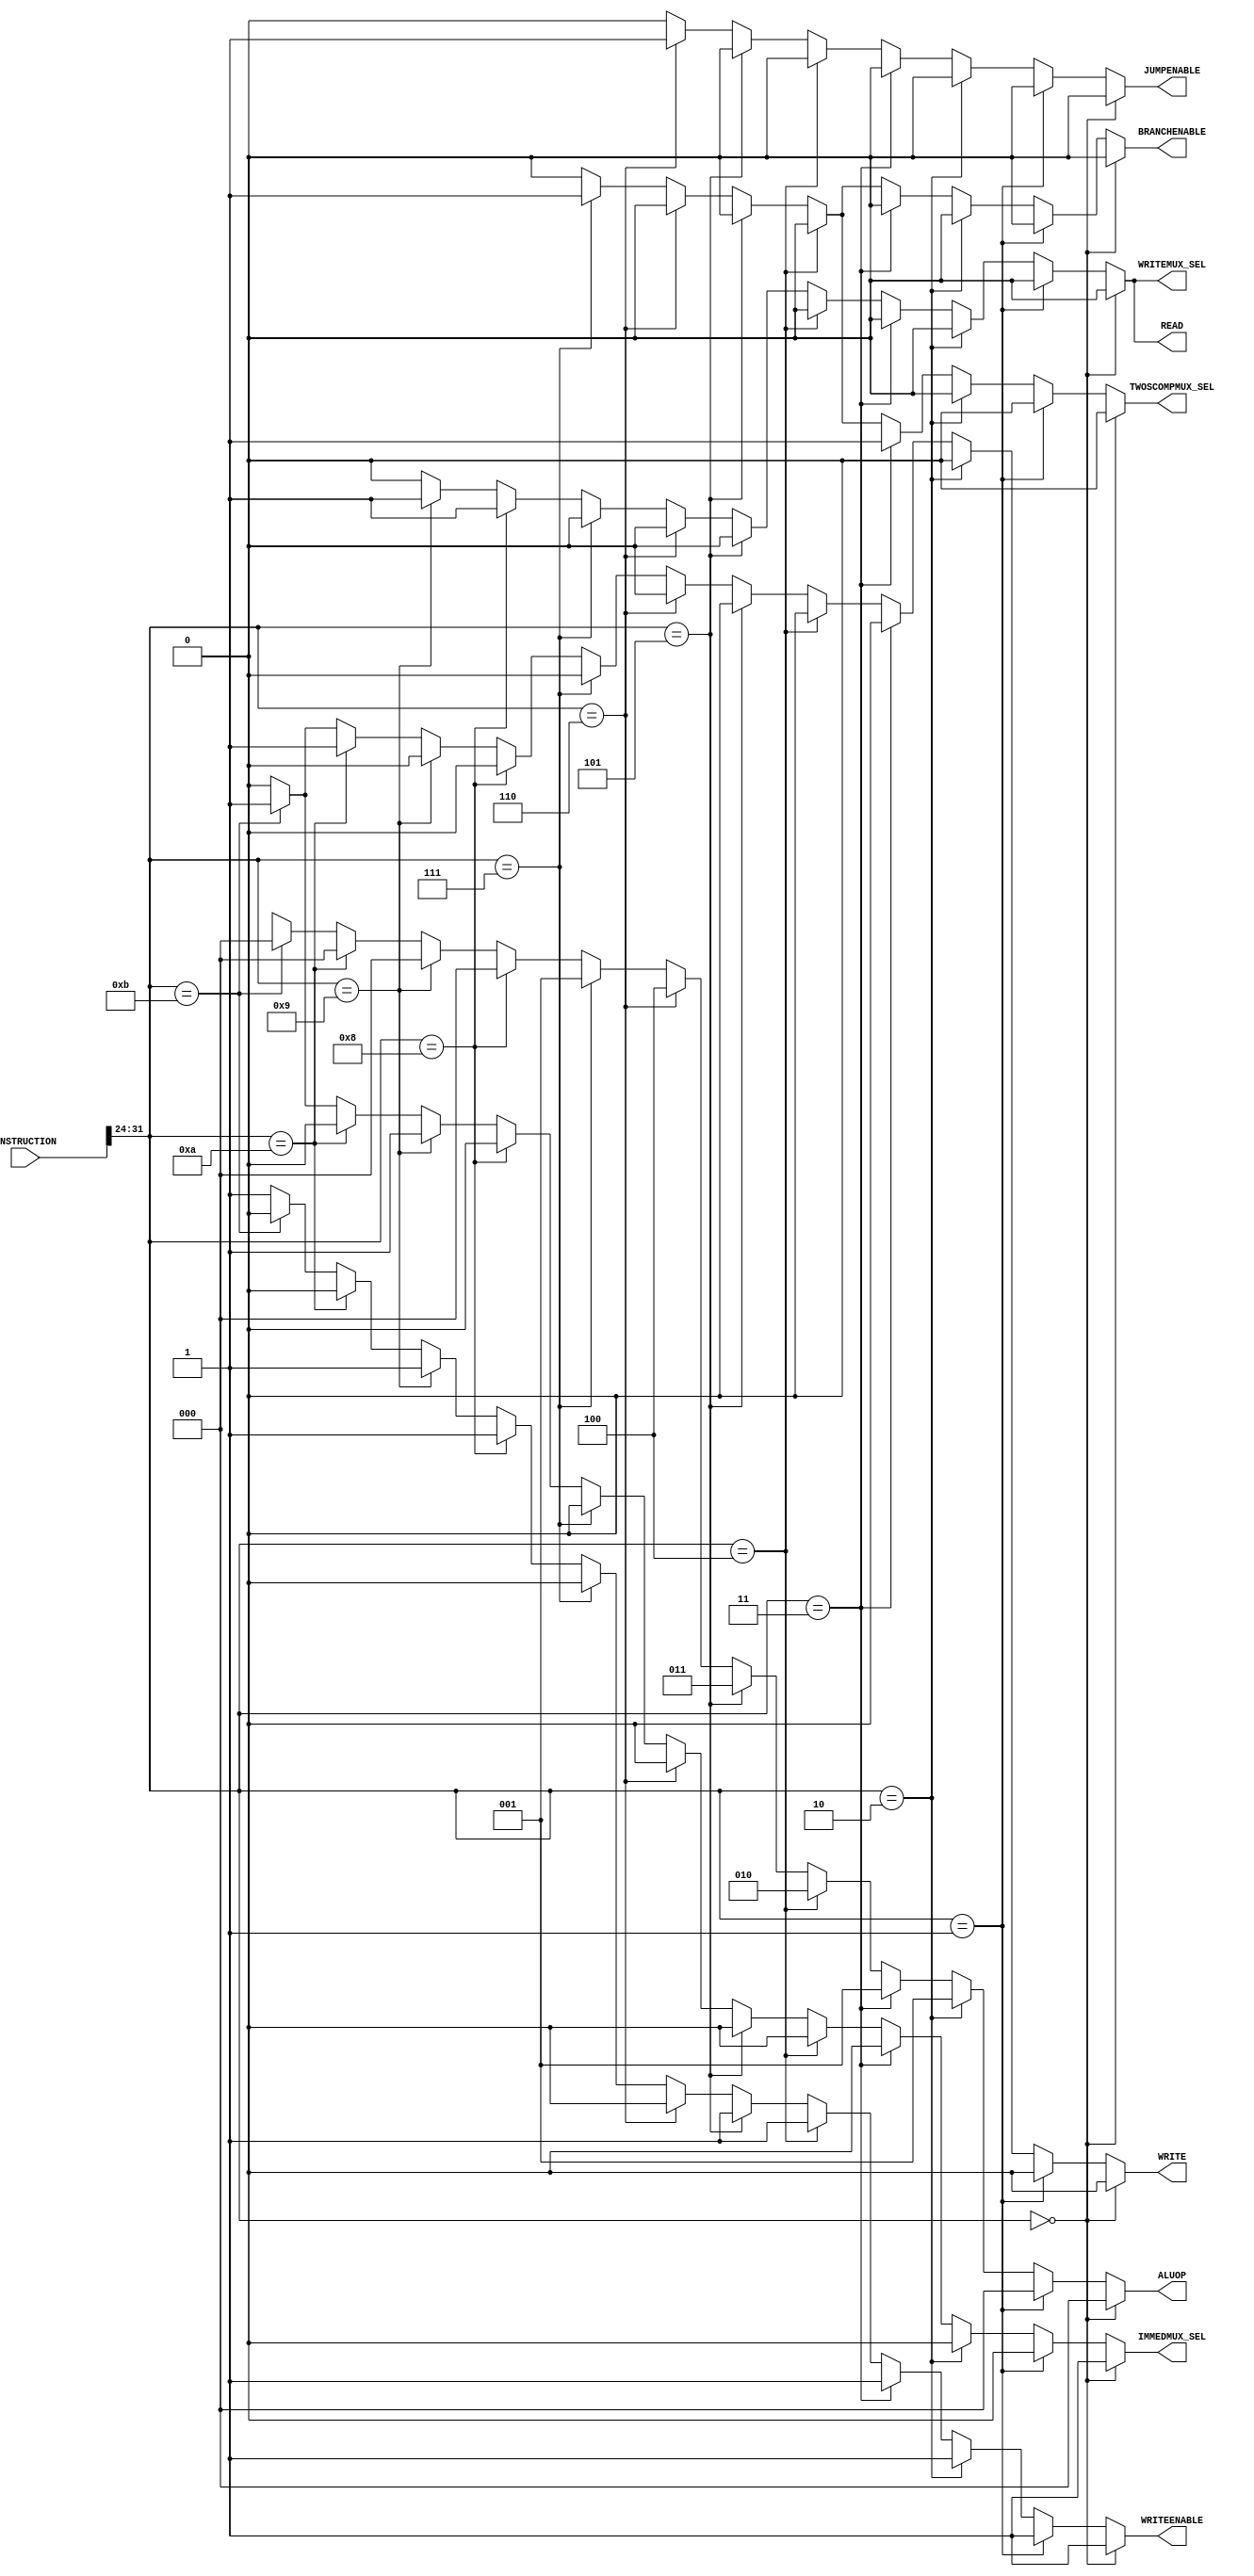
`timescale 1ns/100ps
module control_unit(INSTRUCTION,ALUOP,WRITEENABLE,TWOSCOMPMUX_SEL,IMMEDMUX_SEL,BRANCHENABLE,JUMPENABLE,WRITEMUX_SEL,WRITE,READ);
  input [31:0] INSTRUCTION;
  wire [7:0] OPCODE;     //to decide the ALUOP code
  output reg [2:0] ALUOP;     //to select each operation add,sub,loadi,and...
  output reg WRITEENABLE,TWOSCOMPMUX_SEL,IMMEDMUX_SEL,BRANCHENABLE,JUMPENABLE,WRITEMUX_SEL,WRITE,READ;    //control signals

  assign  OPCODE = INSTRUCTION[31:24];

  //decoding the opcode 
  always @(INSTRUCTION)
  begin
    WRITE = 1'b0;
    READ = 1'b0;
    IMMEDMUX_SEL = 1'b0;
    WRITEENABLE = 1'b1;     //enables write to register signal
    #1;                    //delay for decoding and creating control signals 
    TWOSCOMPMUX_SEL = 1'b0; 
    BRANCHENABLE = 1'b0;
    JUMPENABLE = 1'b0;
    WRITEMUX_SEL = 1'b0;

    if(OPCODE == 8'b00000000)         //for loadi instruction
    begin
      ALUOP = 3'b000;
      IMMEDMUX_SEL = 1'b1;                    //enables mux for immediate value select
    end
    else if (OPCODE == 8'b00000001) begin     //for mov instruction
      ALUOP = 3'b000;
    end
    else if (OPCODE == 8'b00000010) begin     //for add instruction
      ALUOP = 3'b001;
    end
    else if (OPCODE == 8'b00000011) begin     //for sub instruction
      ALUOP = 3'b001;
      TWOSCOMPMUX_SEL = 1'b1;                 //enables 2's compliment select mux for sub instructions
    end
    else if (OPCODE == 8'b00000100) begin     //for and instruction
      ALUOP = 3'b010;
    end
    else if (OPCODE == 8'b00000101) begin     //for or instruction
      ALUOP = 3'b011;
    end
    else if (OPCODE == 8'b00000110) begin     //for jump instruction
      ALUOP = 3'b100;  
      JUMPENABLE = 1'b1;                       //enabled to send jump signal to manipulate PC                 
      WRITEENABLE = 1'b0;
    end
    else if (OPCODE == 8'b00000111) begin     //for beq instruction
      ALUOP = 3'b001;                         //used same aluop as add/sub so that the register values difference can be used to calculate ZERO. 
      TWOSCOMPMUX_SEL = 1'b1;                 //enabled to get substract result from two register values
      BRANCHENABLE = 1'b1;                    //enabled to send branch equal signal to manipulate PC
      WRITEENABLE = 1'b0;
    end
    else if (OPCODE == 8'b00001000) begin     //for lwd instruction
      //ALUOP = 3'b101;
      ALUOP = 3'b000;
      WRITEMUX_SEL = 1'b1;                    //enable the write select mux to sent the readdata to the register file for storing
      READ = 1'b1;                            //read signal enabled
    end
    else if (OPCODE == 8'b00001001) begin     //for lwi instruction
      ALUOP = 3'b000;
      WRITEMUX_SEL = 1'b1;                    //enable the write select mux to sent the readdata to the register file for storing
      READ = 1'b1;                            //read signal enabled
      IMMEDMUX_SEL = 1'b1;                    //enables mux for immediate value select
    end
    else if (OPCODE == 8'b00001010) begin     //for swd instruction
      ALUOP = 3'b000;
      WRITEENABLE = 1'b0;                     //writeenable set to zero because storing to the data memory not the register file
      WRITE = 1'b1;                           //write signal enabled
    end
    else if (OPCODE == 8'b00001011) begin     //for swi instruction
      ALUOP = 3'b000;
      WRITEENABLE = 1'b0;                     //writeenable set to zero because storing to the data memory not the register file
      WRITE = 1'b1;                           //write signal enabled
      IMMEDMUX_SEL = 1'b1;                    //enables mux for immediate value select
    end 
    else
    begin
      ALUOP = 3'bxxx;         //default for not yet used ALUOP values
    end
  end

endmodule